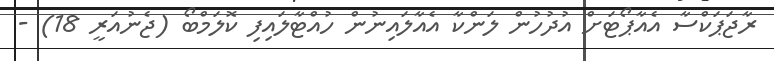
ރާޖަޕަކްސާ އެއާޕޯޓަށް އުދުހުން ލަންކާ އެއާލައިނުން ހުއްޓާލައިފި ކޮލަމްބޯ (ޖެނުއަރީ 18) -